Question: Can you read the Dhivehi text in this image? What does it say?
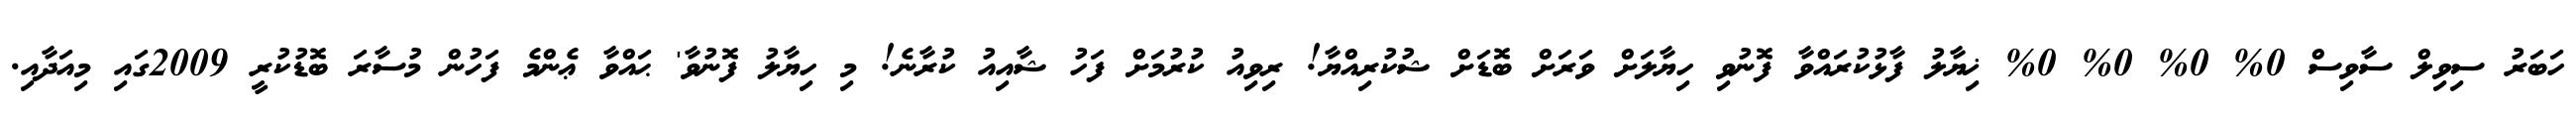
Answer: ހަބަރު ސިވިލް ސާވިސް 0% 0% 0% 0% ޚިޔާލު ފާޅުކުރައްވާ ފޮނުވި ހިޔާލަށް ވަރަށް ބޮޑަށް ޝުކުރިއްޔާ! ރިވިއު ކުރުމަށް ފަހު ޝާއިއު ކުރާނެ! މި ހިޔާލު ފޮނުވާ' ޙައްވާ ޢެންމެ ފަހުން މުސާރަ ބޮޑުކުރީ 2009ގައި މިއަދާއި.